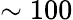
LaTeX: \sim 100